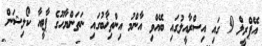
އޭޕްރީލް 9 ގައި އިސްރާއީލުގައި ބޭއްވި އާންމު އިންތިޚާބުގައި ނަތަންޔާހޫގެ ޕާޓީއާ ކޯލިޝަން